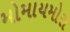
મોમાયમોરા